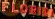
FLORIDA